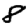
Digit: 8